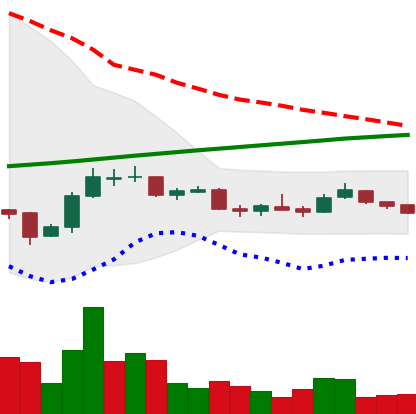
Ticker: LTC-USD
Chart end date: 2015-09-21
Forward return: 3.135%
Label: up_3_5